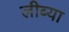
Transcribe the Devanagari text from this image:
लीब्या